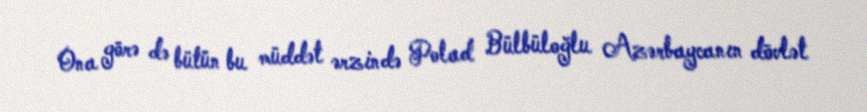
Ona görə də bütün bu müddət ərzində Polad Bülbüloğlu Azərbaycanın dövlət